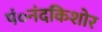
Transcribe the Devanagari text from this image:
पं०नंदकिशोर